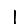
Digit: 1